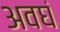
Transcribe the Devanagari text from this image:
अवघं